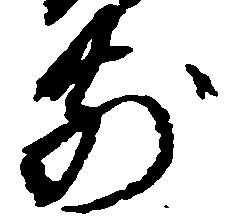
前